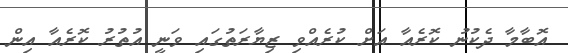
އޮބާމާ ދެކުނު ކޮރެއާ އަށް ކުރެއްވި ޒިޔާރަތުގައި ވަނީ އުތުރު ކޮރެއާ އިން